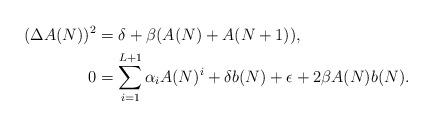
LaTeX: \begin{align*}(\Delta A(N))^2 &=\delta +\beta (A(N)+A(N+1)), \\0 &= \sum_{i=1}^{L+1}\alpha_{i}A(N)^{i}+\delta b(N)+\epsilon+2\beta A(N) b(N). \end{align*}